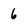
Character: 6